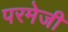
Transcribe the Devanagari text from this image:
परमेजी